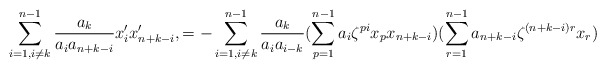
\begin{align*}\sum_{i=1, i \ne k}^{n-1} \frac{a_k}{a_i a_{n+k-i}}x_i' x_{n+k-i}',=-\sum_{i=1, i \ne k}^{n-1} \frac{a_k}{a_i a_{i-k}}(\sum_{p=1}^{n-1} a_i \zeta^{pi} x_{p} x_{n+k-i}) (\sum_{r=1}^{n-1} a_{n+k-i} \zeta^{(n+k-i)r} x_r)\end{align*}